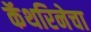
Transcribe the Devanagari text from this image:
कॅथरिनेचा